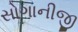
સોગાનીજી